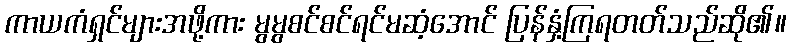
ကာယကံရှင်များအဖို့ကား မွမွစင်စင်ရင်မဆံ့အောင် ပြန်နှံ့ကြရတတ်သည်ဆို၏။